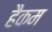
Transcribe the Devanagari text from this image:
हैकम